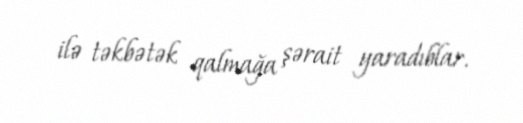
ilə təkbətək qalmağa şərait yaradıblar.